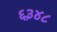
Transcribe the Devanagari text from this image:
६३४८